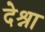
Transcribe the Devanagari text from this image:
देश्ना